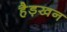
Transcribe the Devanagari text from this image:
हैड़खन